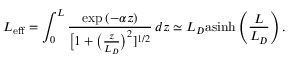
L _ { \mathrm { e f f } } = \int _ { 0 } ^ { L } \frac { \exp { ( - \alpha z ) } } { \big [ 1 + \big ( \frac { z } { L _ { D } } \big ) ^ { 2 } ] ^ { 1 / 2 } } \, d z \simeq L _ { D } \mathrm { a s i n h } \left( \frac { L } { L _ { D } } \right) .